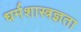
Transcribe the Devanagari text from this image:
धर्मशास्त्रज्ञता